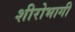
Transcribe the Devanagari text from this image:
शीरोभागी